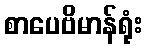
စာပေဗိမာန်ရုံး